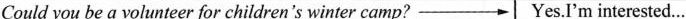
Could you be a volunteerfor children s winter camp?\rightarrow Yes.I'm interested...